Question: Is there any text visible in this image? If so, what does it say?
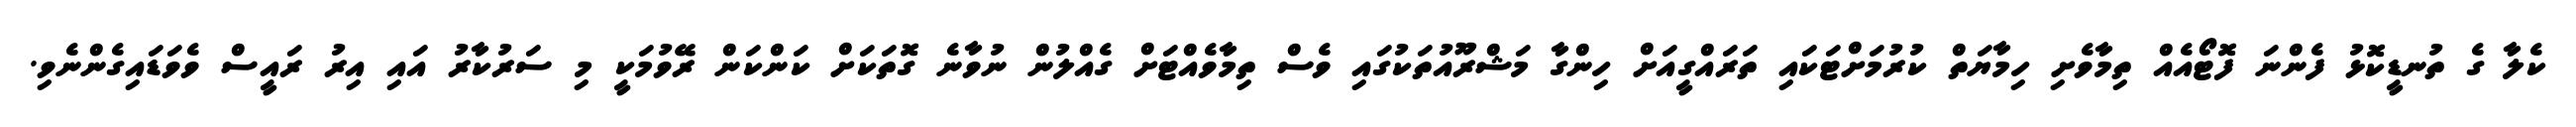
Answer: ކެލާ ގެ ތުނޑީކޮޅު ފެންނަ ފޮޓޯއެއް ތިމާވެށި ހިމާޔަތް ކުރުމަށްޓަކައި ތަރައްގީއަށް ހިންގާ މަޝްރޫއުތަކުގައި ވެސް ތިމާވެއްޓަށް ގެއްލުން ނުވާނެ ގޮތަކަށް ކަންކަން ރޭވުމަކީ މި ސަރުކާރު އައި އިރު ރައީސް ވެވަޑައިގެންނެވި.